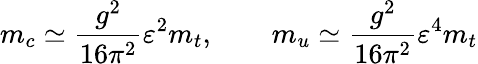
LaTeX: m_{c}\simeq{\frac{g^{2}}{16\pi^{2}}}\varepsilon^{2}m_{t},\qquad m_{u}\simeq{\frac{g^{2}}{16\pi^{2}}}\varepsilon^{4}m_{t}